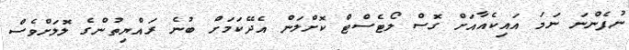
ނުފެންނަ ނަަމަ އައިކެއާއަށް ގޮސް ލޯޓެސްޓް ކޮށްލަން އެދޭކަމަށް ބުނެ ރައްޔިތުންގެ ލޮލަށްވެސް